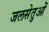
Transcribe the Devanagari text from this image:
जलसेतुओं